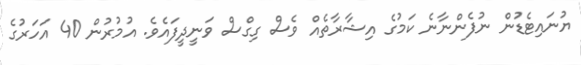
ޔުނައިޓެޑުން ނުފެންނާނެ ކަމުގެ އިޝާރާތެއް ވެސް ގިގްސް ވަނީދީފައެވެ. އުމުރުން 40 އަހަރުގެ